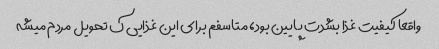
واقعا کیفیت غذا بشدت پایین بود، متاسفم برای این غذایی ک تحویل مردم میشه